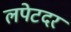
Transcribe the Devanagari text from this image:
लपेटदर